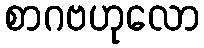
စာဂဗဟုလော